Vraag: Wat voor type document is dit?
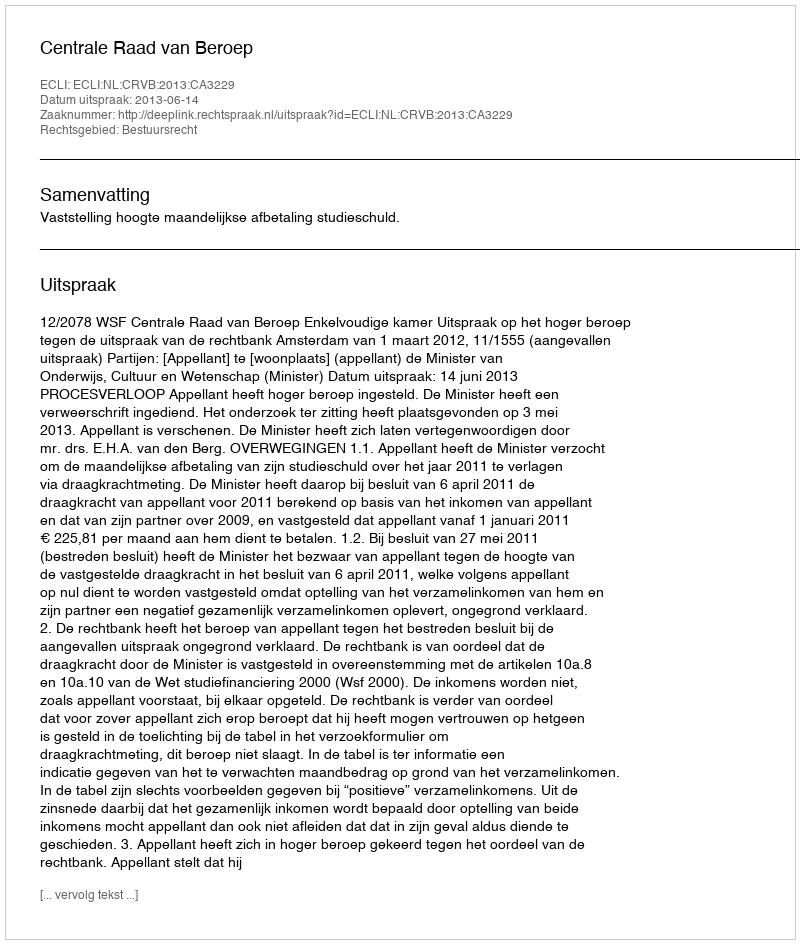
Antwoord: Uitspraak